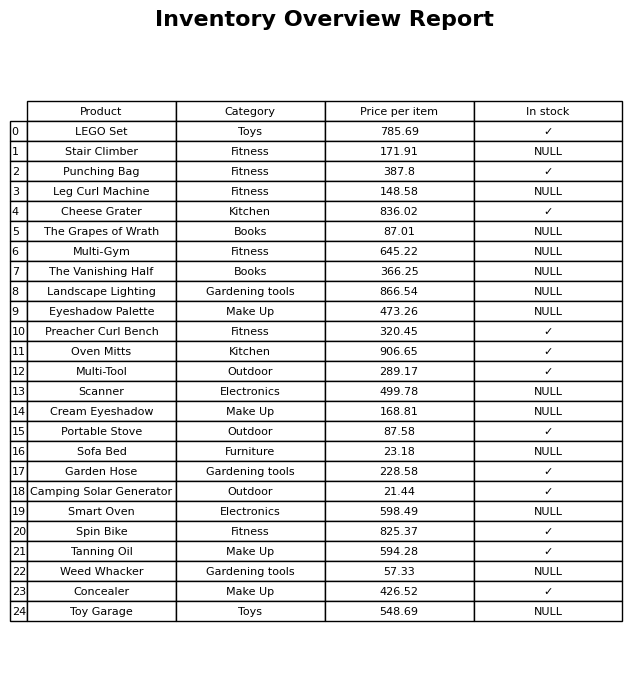
question: What is the price of the Cheese Grater?
answer: The price of Cheese Grater is 836.02.